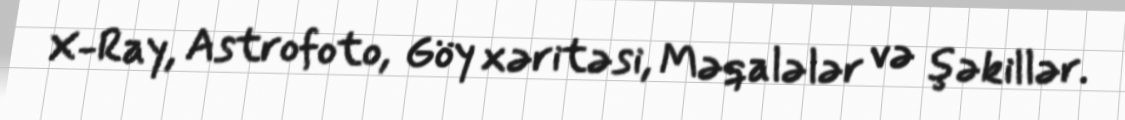
X-Ray, Astrofoto, Göy xəritəsi, Məqalələr və şəkillər.